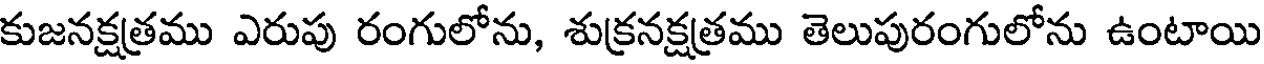
కుజనక్షత్రము ఎరుపు రంగులోను, శుక్రనక్షత్రము తెలుపురంగులోను ఉంటాయి